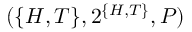
( \{ H , T \} , 2 ^ { \{ H , T \} } , P )